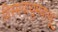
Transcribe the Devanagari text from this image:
विस्मयाथुमबाथू